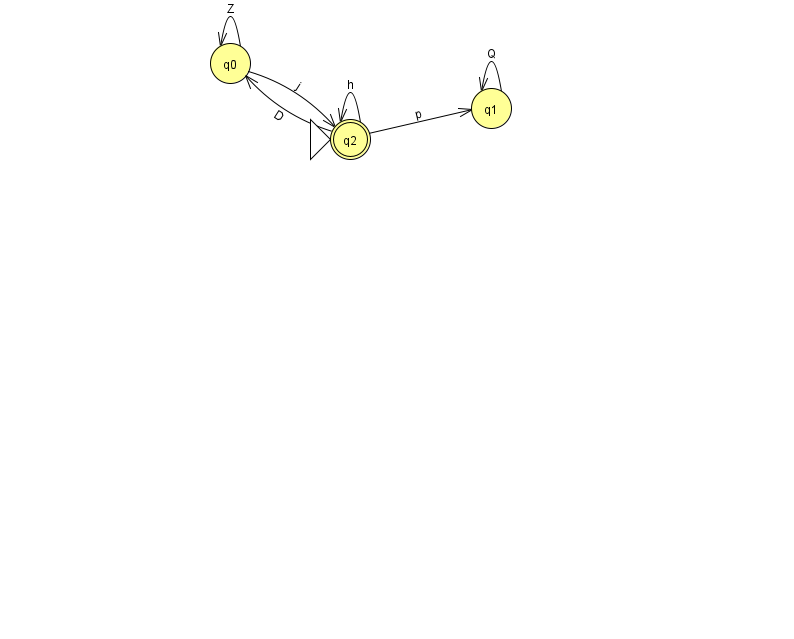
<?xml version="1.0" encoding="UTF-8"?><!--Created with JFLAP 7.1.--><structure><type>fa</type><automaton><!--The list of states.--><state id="0" name="q0"><x>230.0</x><y>50.0</y></state><state id="1" name="q1"><x>491.0</x><y>95.0</y></state><state id="2" name="q2"><x>350.0</x><y>126.0</y><initial/><final/></state><!--The list of transitions.--><transition><from>1</from><to>1</to><read>Q</read></transition><transition><from>2</from><to>1</to><read>p</read></transition><transition><from>0</from><to>2</to><read>j</read></transition><transition><from>2</from><to>0</to><read>D</read></transition><transition><from>2</from><to>2</to><read>h</read></transition><transition><from>0</from><to>0</to><read>Z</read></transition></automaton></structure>